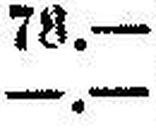
—.—